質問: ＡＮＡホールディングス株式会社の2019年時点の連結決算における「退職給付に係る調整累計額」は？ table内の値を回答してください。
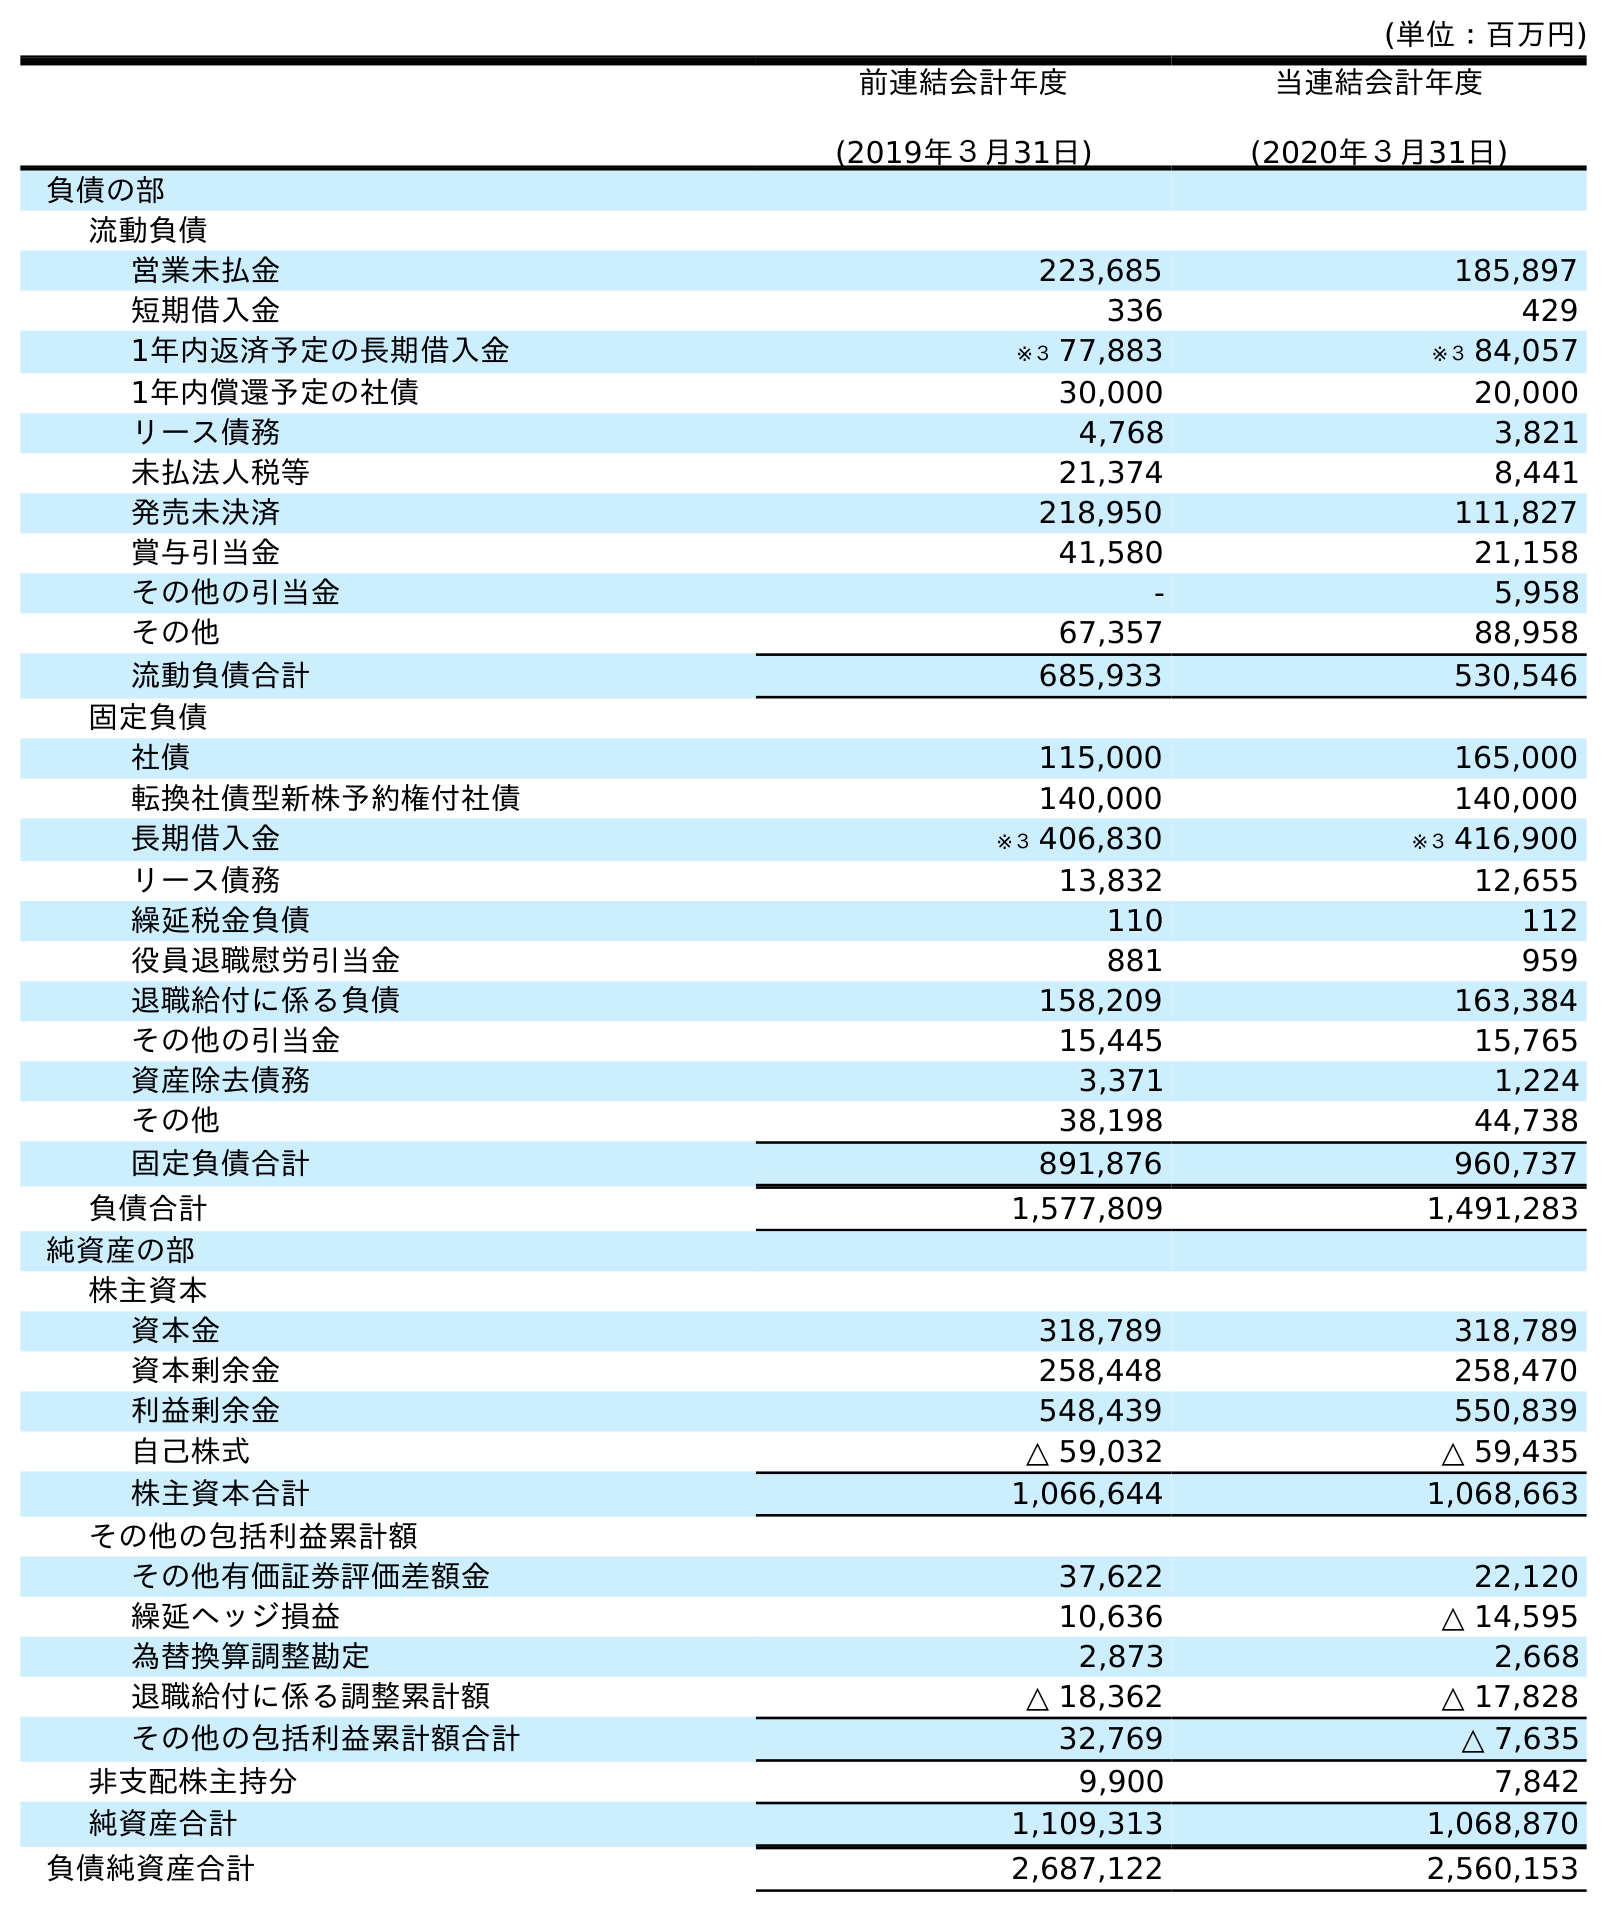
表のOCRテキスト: (単位：百万円) 前連結会計年度 (2019年３月31日) 当連結会計年度 (2020年３月31日) 負債の部 流動負債 営業未払金 223,685 185,897 短期借入金 336 429 1年内返済予定の長期借入金 ※３ 77,883 ※３ 84,057 1年内償還予定の社債 30,000 20,000 リース債務 4,768 3,821 未払法人税等 21,374 8,441 発売未決済 218,950 111,827 賞与引当金 41,580 21,158 その他の引当金 - 5,958 その他 67,357 88,958 流動負債合計 685,933 530,546 固定負債 社債 115,000 165,000 転換社債型新株予約権付社債 140,000 140,000 長期借入金 ※３ 406,830 ※３ 416,900 リース債務 13,832 12,655 繰延税金負債 110 112 役員退職慰労引当金 881 959 退職給付に係る負債 158,209 163,384 その他の引当金 15,445 15,765 資産除去債務 3,371 1,224 その他 38,198 44,738 固定負債合計 891,876 960,737 負債合計 1,577,809 1,491,283 純資産の部 株主資本 資本金 318,789 318,789 資本剰余金 258,448 258,470 利益剰余金 548,439 550,839 自己株式 △ 59,032 △ 59,435 株主資本合計 1,066,644 1,068,663 その他の包括利益累計額 その他有価証券評価差額金 37,622 22,120 繰延ヘッジ損益 10,636 △ 14,595 為替換算調整勘定 2,873 2,668 退職給付に係る調整累計額 △ 18,362 △ 17,828 その他の包括利益累計額合計 32,769 △ 7,635 非支配株主持分 9,900 7,842 純資産合計 1,109,313 1,068,870 負債純資産合計 2,687,122 2,560,153
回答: △18,362